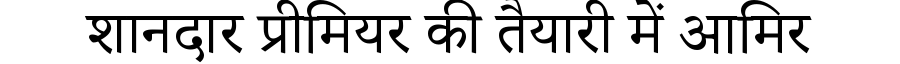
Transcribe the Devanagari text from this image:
शानदार प्रीमियर की तैयारी में आमिर